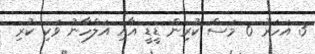
3 އަހަރު 6 މަސް ކުރިން ޑީޑީ އާއި އަލްހާނު ވަކި ކުރި